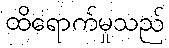
ထိရောက်မှုသည်